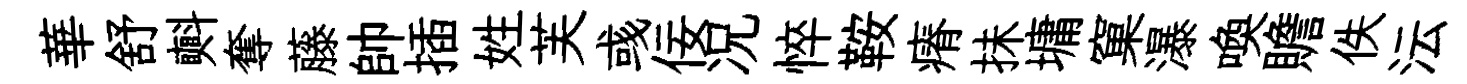
華舒㪺奪藤帥插姓芙彧佞况悴鞍瘠抺墉窠瀑喚贍佚沄